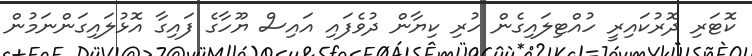
ކޮޓަރި ދޮރުކައިރީ ހުއްޓިލައިގެން ހުރި ކިޔާން ދުވެފައި އައިސް ޔޫހާގެ ފައިގާ އޮޅުލައިގަންނަމުން